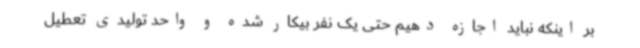
بر اینکه نباید اجازه دهیم حتی یک نفر بیکار شده و واحد تولیدی تعطیل